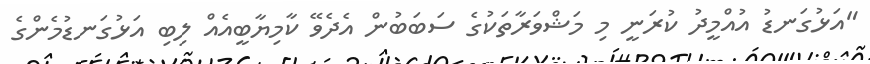
"އަޅުގަނޑު އުއްމީދު ކުރަނީ މި މަޝްވަރާތަކުގެ ސަބަބުން އެދެވޭ ކާމިޔާބީއެއް ލިބި އަޅުގަނޑުމެންގެ